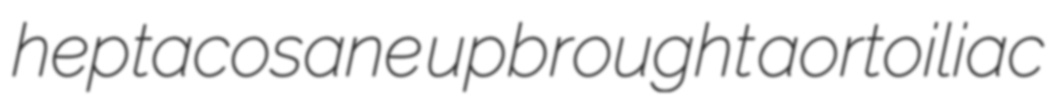
heptacosane upbrought aortoiliac